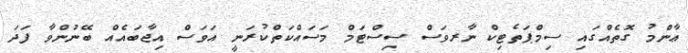
ޢާންމު ގޮތެއްގައި ސިމްޕަތެޓިކް ނާރވަސް ސިސްޓަމް މަސައްކަތްކުރަނީ އަވަސް އިޖާބައެއް ބޭނުންވާ ފަދަ